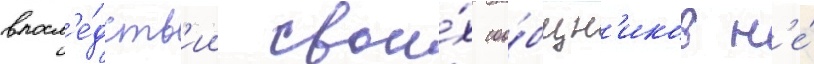
впосл'е́дств'ии свои́х соо́бщн'иков н'е́